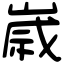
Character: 𡻕